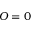
O = 0